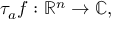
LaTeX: \tau _ { a } f : \mathbb { R } ^ { n } \to \mathbb { C } ,